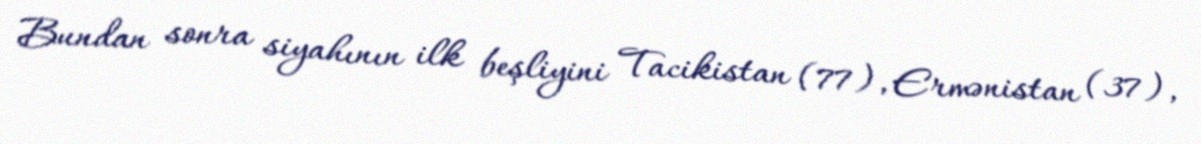
Bundan sonra siyahının ilk beşliyini Tacikistan (77), Ermənistan (37),